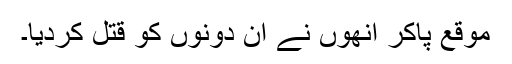
موقع پاکر انھوں نے ان دونوں کو قتل کردیا۔